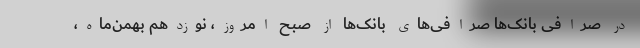
در صرافی بانک‌ها صرافی‌های بانک‌ها از صبح امروز، نوزدهم بهمن‌ماه،